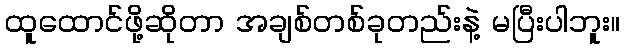
ထူထောင်ဖို့ဆိုတာ အချစ်တစ်ခုတည်းနဲ့ မပြီးပါဘူး။